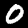
Digit: 0